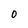
Character: 0